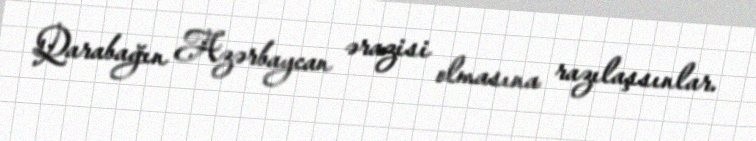
Qarabağın Azərbaycan ərazisi olmasına razılaşsınlar.